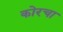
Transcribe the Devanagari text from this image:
कोरचा